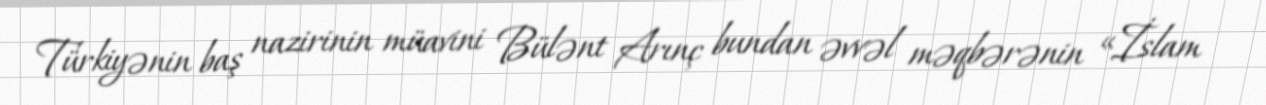
Türkiyənin baş nazirinin müavini Bülənt Arınç bundan əvvəl məqbərənin «İslam